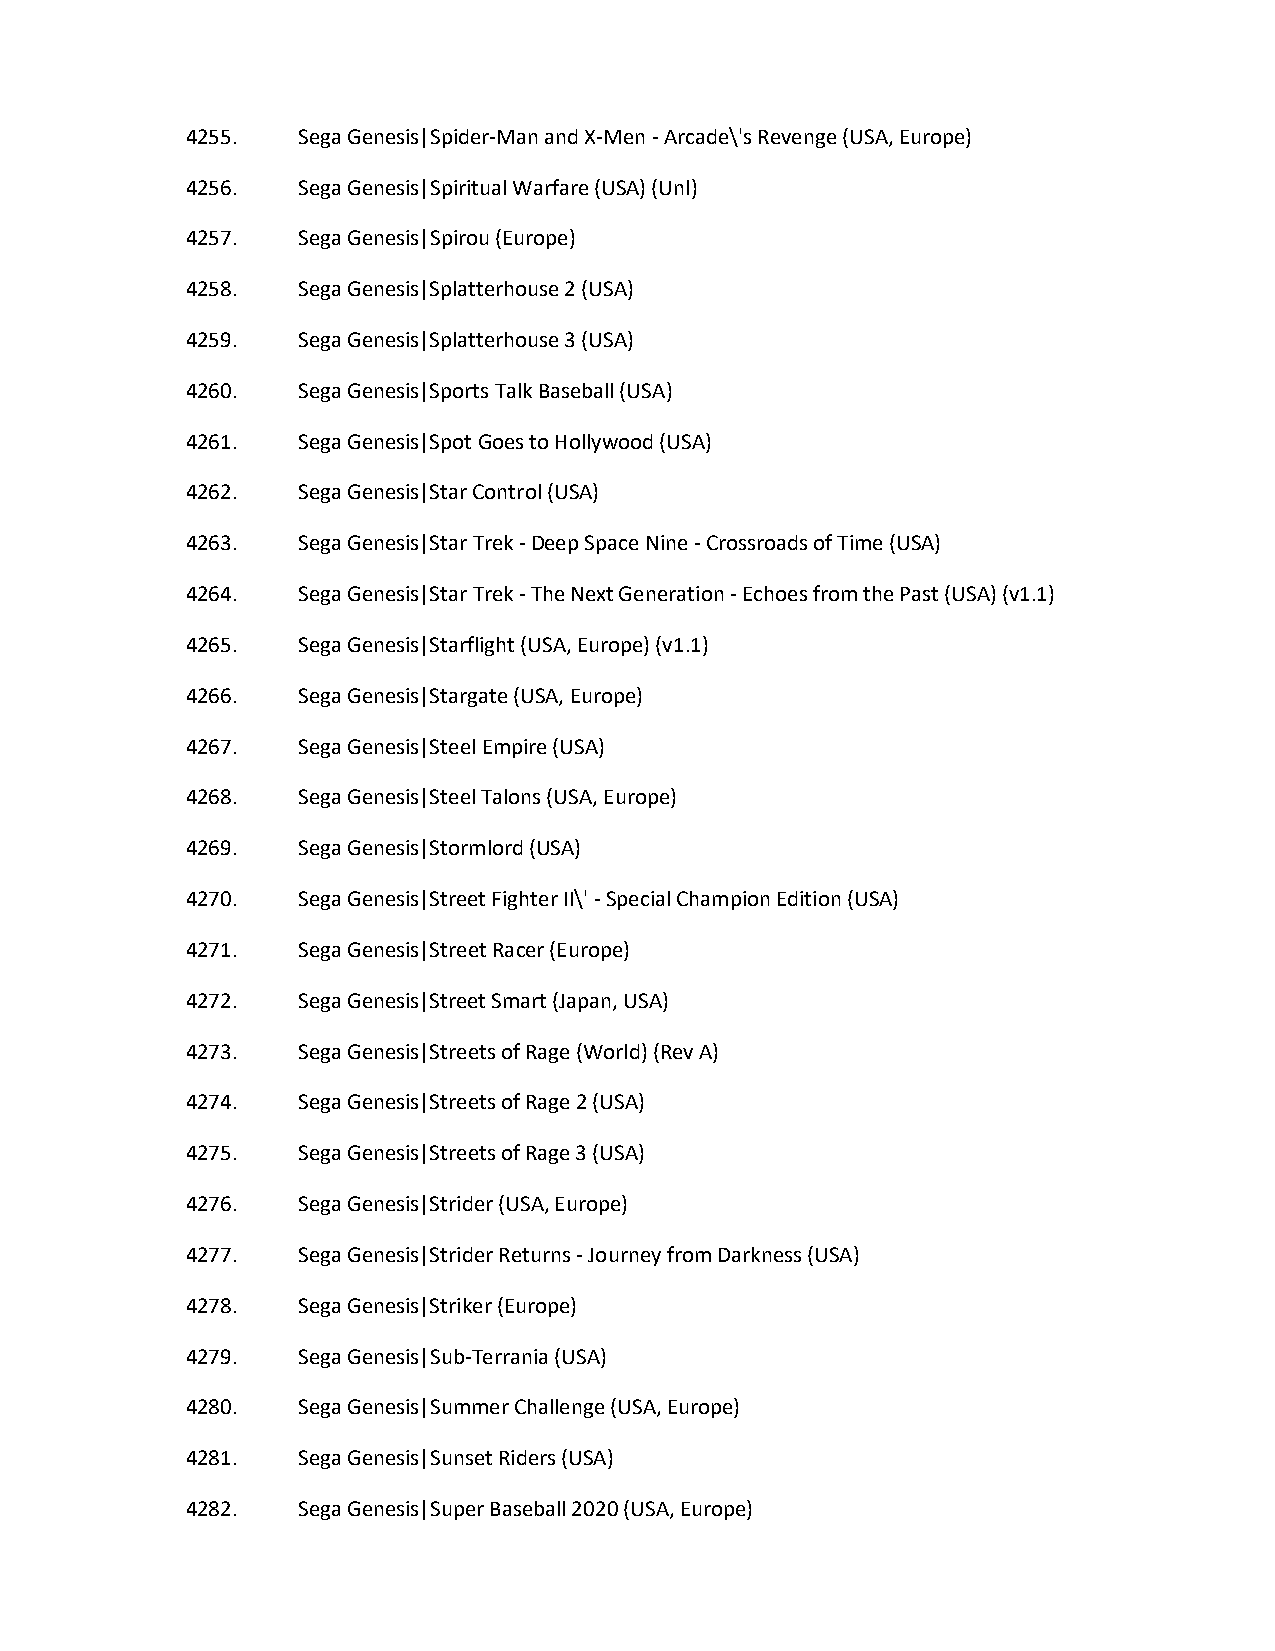
4255.   Sega Genesis|Spider-Man and X-Men - Arcade\'s Revenge (USA, Europe)
 4256.   Sega Genesis|Spiritual Warfare (USA) (Unl)
 4257.   Sega Genesis|Spirou (Europe)
 4258.   Sega Genesis|Splatterhouse 2 (USA)
 4259.   Sega Genesis|Splatterhouse 3 (USA)
 4260.   Sega Genesis|Sports Talk Baseball (USA)
 4261.   Sega Genesis|Spot Goes to Hollywood (USA)
 4262.   Sega Genesis|Star Control (USA)
 4263.   Sega Genesis|Star Trek - Deep Space Nine - Crossroads of Time (USA)
 4264.   Sega Genesis|Star Trek - The Next Generation - Echoes from the Past (USA) (v1.1)
 4265.   Sega Genesis|Starflight (USA, Europe) (v1.1)
 4266.   Sega Genesis|Stargate (USA, Europe)
 4267.   Sega Genesis|Steel Empire (USA)
 4268.   Sega Genesis|Steel Talons (USA, Europe)
 4269.   Sega Genesis|Stormlord (USA)
 4270.   Sega Genesis|Street Fighter II\' - Special Champion Edition (USA)
 4271.   Sega Genesis|Street Racer (Europe)
 4272.   Sega Genesis|Street Smart (Japan, USA)
 4273.   Sega Genesis|Streets of Rage (World) (Rev A)
 4274.   Sega Genesis|Streets of Rage 2 (USA)
 4275.   Sega Genesis|Streets of Rage 3 (USA)
 4276.   Sega Genesis|Strider (USA, Europe)
 4277.   Sega Genesis|Strider Returns - Journey from Darkness (USA)
 4278.   Sega Genesis|Striker (Europe)
 4279.   Sega Genesis|Sub-Terrania (USA)
 4280.   Sega Genesis|Summer Challenge (USA, Europe)
 4281.   Sega Genesis|Sunset Riders (USA)
 4282.   Sega Genesis|Super Baseball 2020 (USA, Europe)